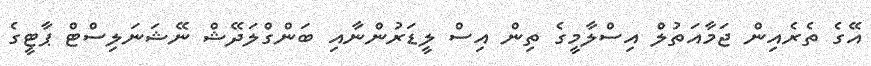
އޭގެ ތެރެއިން ޖަމާއަތުލް އިސްލާމީގެ ތިން އިސް ލީޑަރުންނާއި ބަންގްލަދޭޝް ނޭޝަނަލިސްޓް ޕާޓީގެ